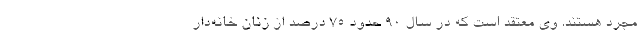
مجرد هستند. وی معتقد است که در سال ۹۰ حدود ۷۵ درصد از زنان خانه‌دار